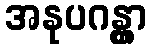
အနုပဂန္တွာ